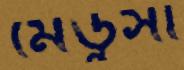
মেডুসা